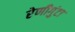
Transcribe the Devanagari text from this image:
रेणीगुंटा